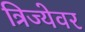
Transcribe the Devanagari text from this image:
त्रिज्येवर